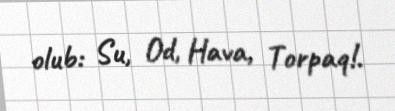
olub: Su, Od, Hava, Torpaq!.